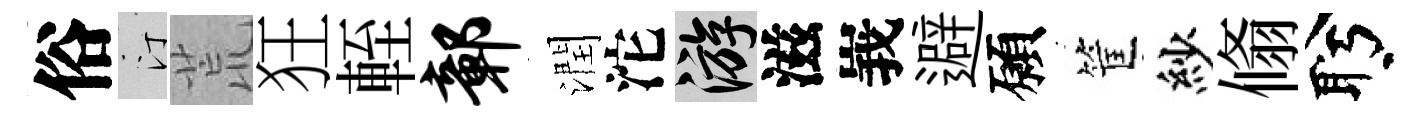
俗汀荒狂輊鄣潤沱游滋峩避願筐紗翛盻